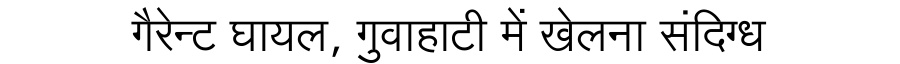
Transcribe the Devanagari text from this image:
गैरेन्ट घायल, गुवाहाटी में खेलना संदिग्ध